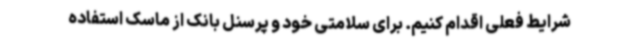
شرایط فعلی اقدام کنیم. برای سلامتی خود و پرسنل بانک از ماسک استفاده